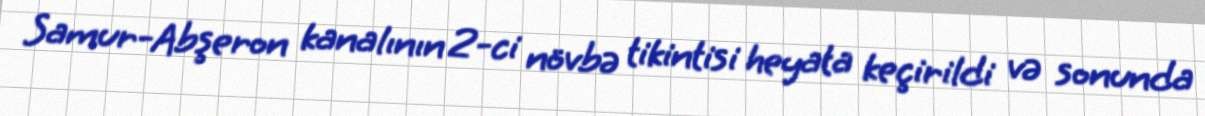
Samur-Abşeron kanalının 2-ci növbə tikintisi heyata keçirildi və sonunda